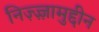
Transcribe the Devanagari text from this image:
निज़्ज़्ज़ामुद्दीन